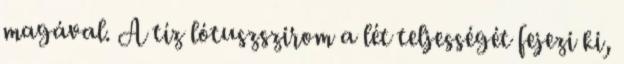
magával. A tíz lótuszszirom a lét teljességét fejezi ki,